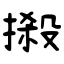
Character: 摋